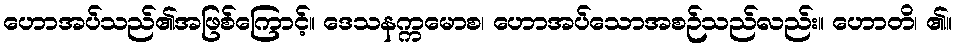
ဟောအပ်သည်၏အဖြစ်ကြောင့်။ ဒေသနက္ကမောစ၊ ဟောအပ်သောအစဉ်သည်လည်း။ ဟောတိ၊ ၏။